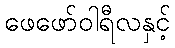
ဖေဖော်ဝါရီလနှင့်